Mental hospitals Bombay report 1921-28 - 1921-1928
Year: 1921
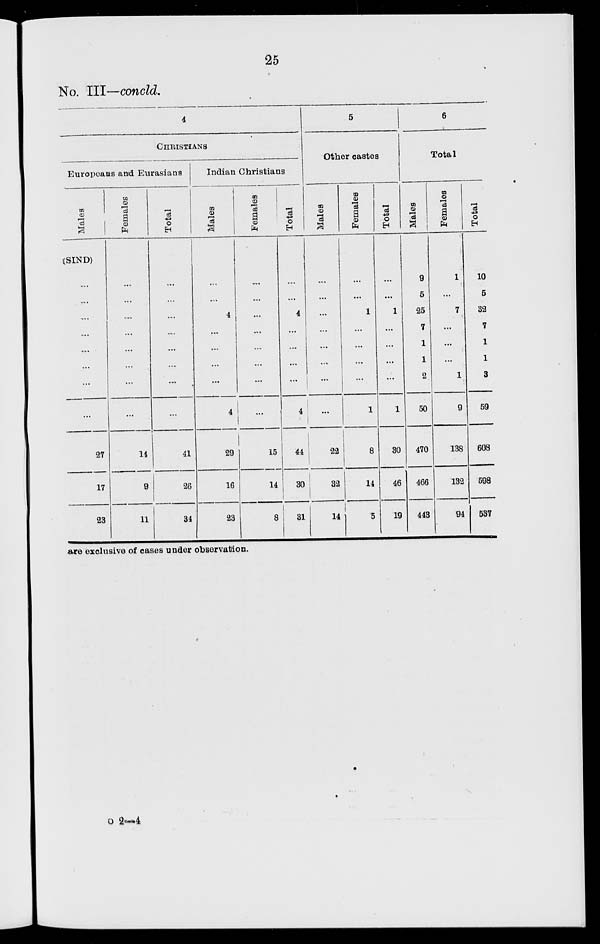
25
No. III—concld.
4
CHRISTIANS
Europeans and Eurasians
Males
(SIND)
...
...
...
...
...
...
...
...
27
17
23
Females
...
...
...
...
...
...
...
...
14
9
11
Total
...
...
...
...
...
...
...
...
41
26
34
Indian Christians
Males
...
...
4
...
...
...
...
4
29
16
23
Females
...
...
...
...
...
...
...
...
15
14
8
Total
...
...
4
...
...
...
...
4
44
30
31
5
Other castes
Males
...
...
...
...
...
...
...
...
22
32
14
Females
...
...
1
...
...
...
...
1
8
14
5
Total
...
...
1
...
...
...
...
1
30
46
19
6
Total
Males
9
5
25
7
1
1
2
50
470
466
443
Females
1
...
7
...
...
...
1
9
138
132
94
Total
10
5
32
7
1
1
3
59
608
598
537
are exclusive of cases under observation.
o 2-4